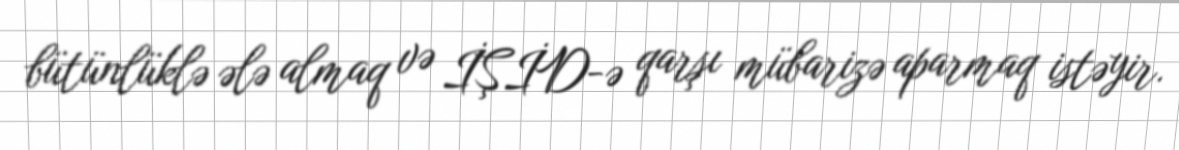
bütünlüklə ələ almaq və İŞİD-ə qarşı mübarizə aparmaq istəyir.